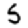
Digit: 5